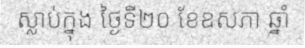
ស្លាប់ក្នុង ថ្ងៃទី២០ ខែឧសភា ឆ្នាំ